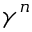
\gamma ^ { n }